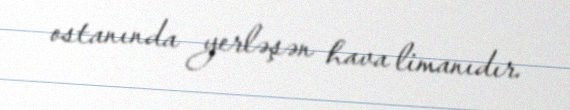
ostanında yerləşən hava limanıdır.